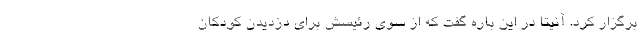
برگزار کرد. آنیتا در این باره گفت که از سوی رئیسش برای دزدیدن کودکان